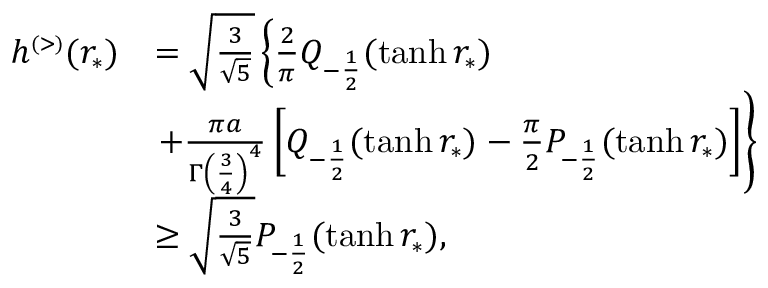
\begin{array} { r l } { h ^ { \scriptscriptstyle ( > ) } ( r _ { * } ) } & { = \sqrt { \frac { 3 } { \sqrt { 5 } } } \left\{ \frac { 2 } { \pi } Q _ { - \frac { 1 } { 2 } } ( \operatorname { t a n h } r _ { * } ) \right. } \\ & { \left. + \frac { \pi a } { \Gamma \left( \frac { 3 } { 4 } \right) ^ { 4 } } \left[ Q _ { - \frac { 1 } { 2 } } ( \operatorname { t a n h } r _ { * } ) - \frac { \pi } { 2 } P _ { - \frac { 1 } { 2 } } ( \operatorname { t a n h } r _ { * } ) \right] \right\} } \\ & { \ge \sqrt { \frac { 3 } { \sqrt { 5 } } } P _ { - \frac { 1 } { 2 } } ( \operatorname { t a n h } r _ { * } ) , } \end{array}